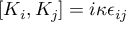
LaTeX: [ K _ { i } , K _ { j } ] = i \kappa \epsilon _ { i j }